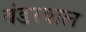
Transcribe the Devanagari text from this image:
वंडरवाल